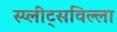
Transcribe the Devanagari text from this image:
स्प्लीट्सविल्ला